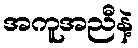
အကူအညီနဲ့